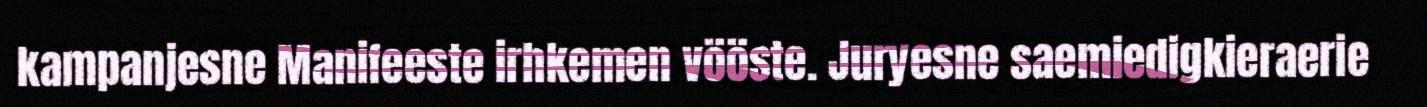
kampanjesne Manifeeste irhkemen vööste. Juryesne saemiedigkieraerie